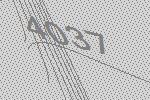
4037